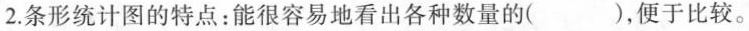
2.条形统计图的特点：能很容易地看出各种数量的( )，便于比较。